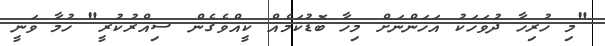
"މި ހުރިހާ ދުވަހަކު އަހަންނަށް މިހާ ބޮޑުކަމެއް ކީއްވެގެން ސިއްރުކުރީ" ހުމާ ވަނީ